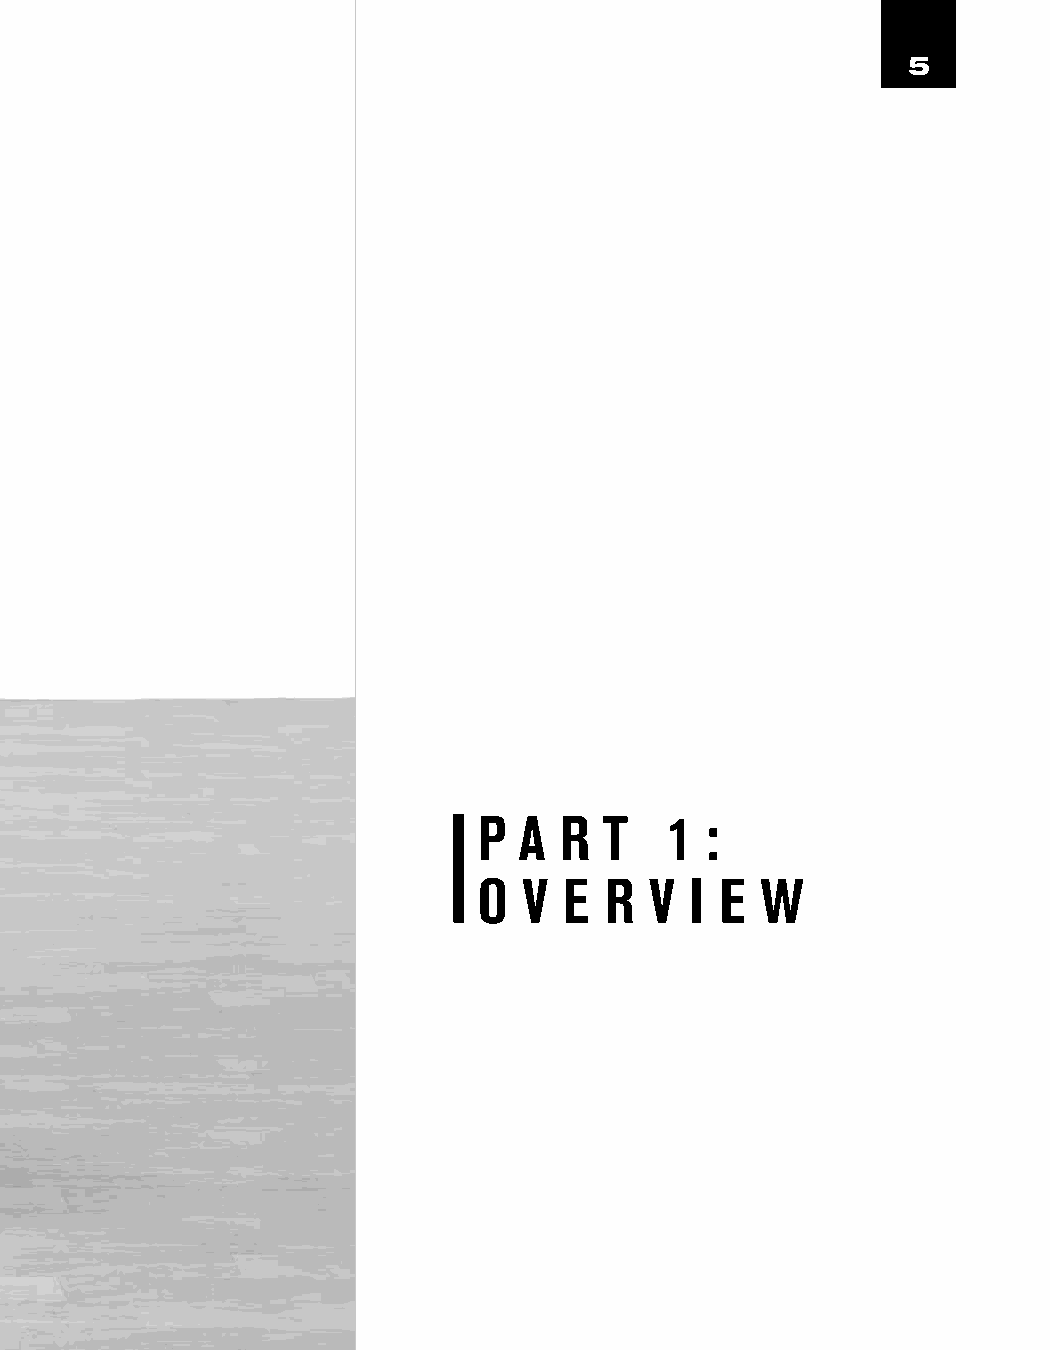
5
 P A  R  T   1  :
 O  V E  R  V  I E W